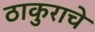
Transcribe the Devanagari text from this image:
ठाकुराचे